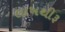
લાખથીરૂ